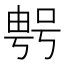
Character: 𠸮